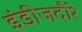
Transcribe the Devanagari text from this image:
इंडीजदौरे